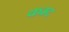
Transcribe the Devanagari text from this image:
कम्द